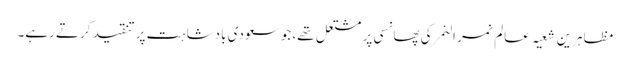
مظاہرین شعیہ عالم نمر النمر کی پھانسی پر مشتعل تھے، جو سعودی بادشاہت پر تنقید کرتے رہے۔